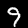
Digit: 9